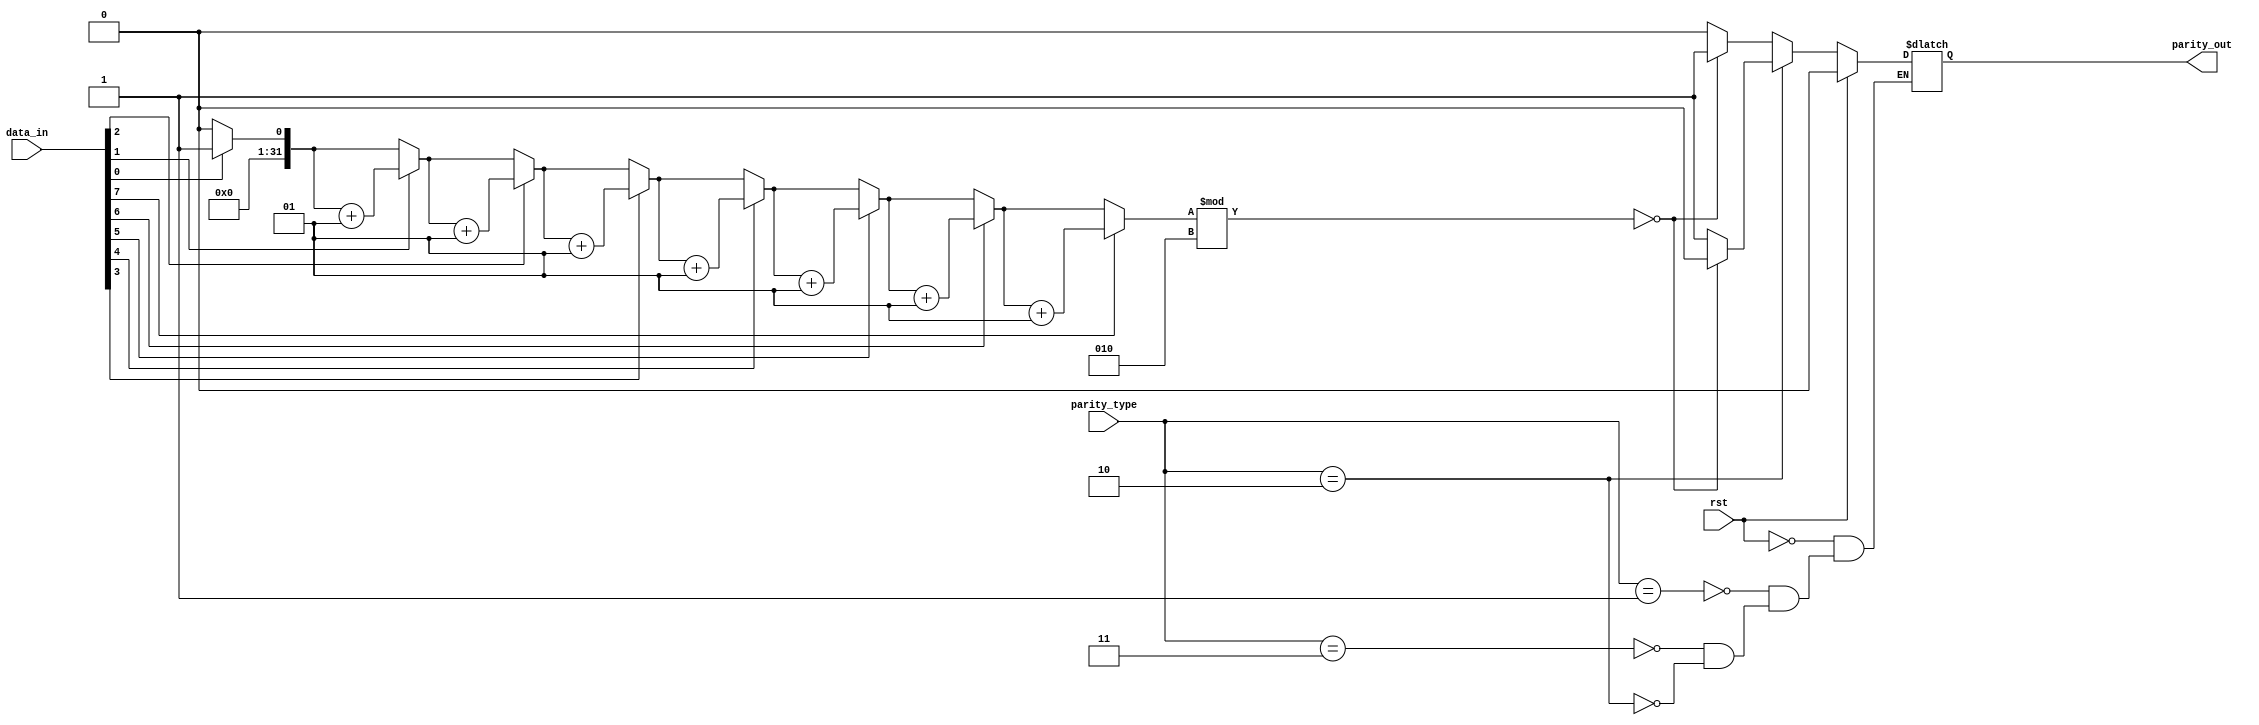
module parity (rst, data_in, parity_type, parity_out);
input rst  ;
input [7:0] data_in ;
input [1:0] parity_type ;
output reg parity_out ;


integer ones =0 ;
integer i =0 ;


always @(*)
begin
if (rst)
    begin 
     parity_out = 0 ;
	  end 
else 
	 begin 
		case (parity_type)
		
  //2'b00 : //no parity.										
  //begin
  //end 
  
   2'b01 : // 01	odd parity.	
  begin
  ones = 0 ;
  for(i=0; i<=7; i=i+1)
    begin
        if(data_in[i]==1)
        ones = ones + 1;
    end
    if(ones%2==0)  
     parity_out <= 1;
    else
     parity_out <= 0;
  end 
  
  2'b11 : 
// 11	use the output parity_out as an odd parity bit and no parity in the serial frame(like 00).
  begin
   ones = 0 ;
  for(i=0; i<=7; i=i+1)
    begin
        if(data_in[i]==1)
        ones = ones + 1;
    end
    if(ones%2==0)  
     parity_out <= 1;
    else
     parity_out <= 0;
  end 
  
   2'b10 : // 10	even parity.	
  begin
  ones = 0 ;
  for(i=0; i<=7; i=i+1)
    begin
        if(data_in[i]==1)
        ones = ones + 1;
    end
    if(ones%2==0)  
     parity_out <= 0;
    else
     parity_out <= 1;
  end 
  endcase 
  end
  end
endmodule